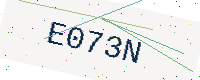
Text: E073N